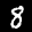
Label: 8